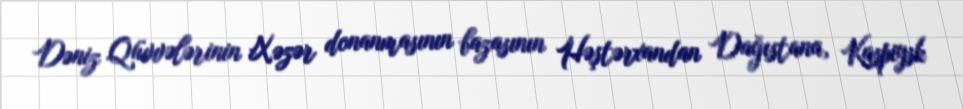
Dəniz Qüvvələrinin Xəzər donanmasının bazasının Həştərxandan Dağıstana, Kaspiysk